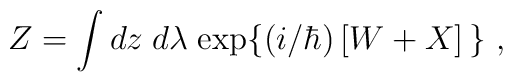
Z=\int dz \; d\lambda \;{\rm exp}\big\{(i/\hbar)\left[W + X\right]\big\}~,